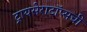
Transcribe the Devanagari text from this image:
ट्रायसेराटॉप्सची